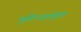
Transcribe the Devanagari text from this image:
मुरिन्जापुहा